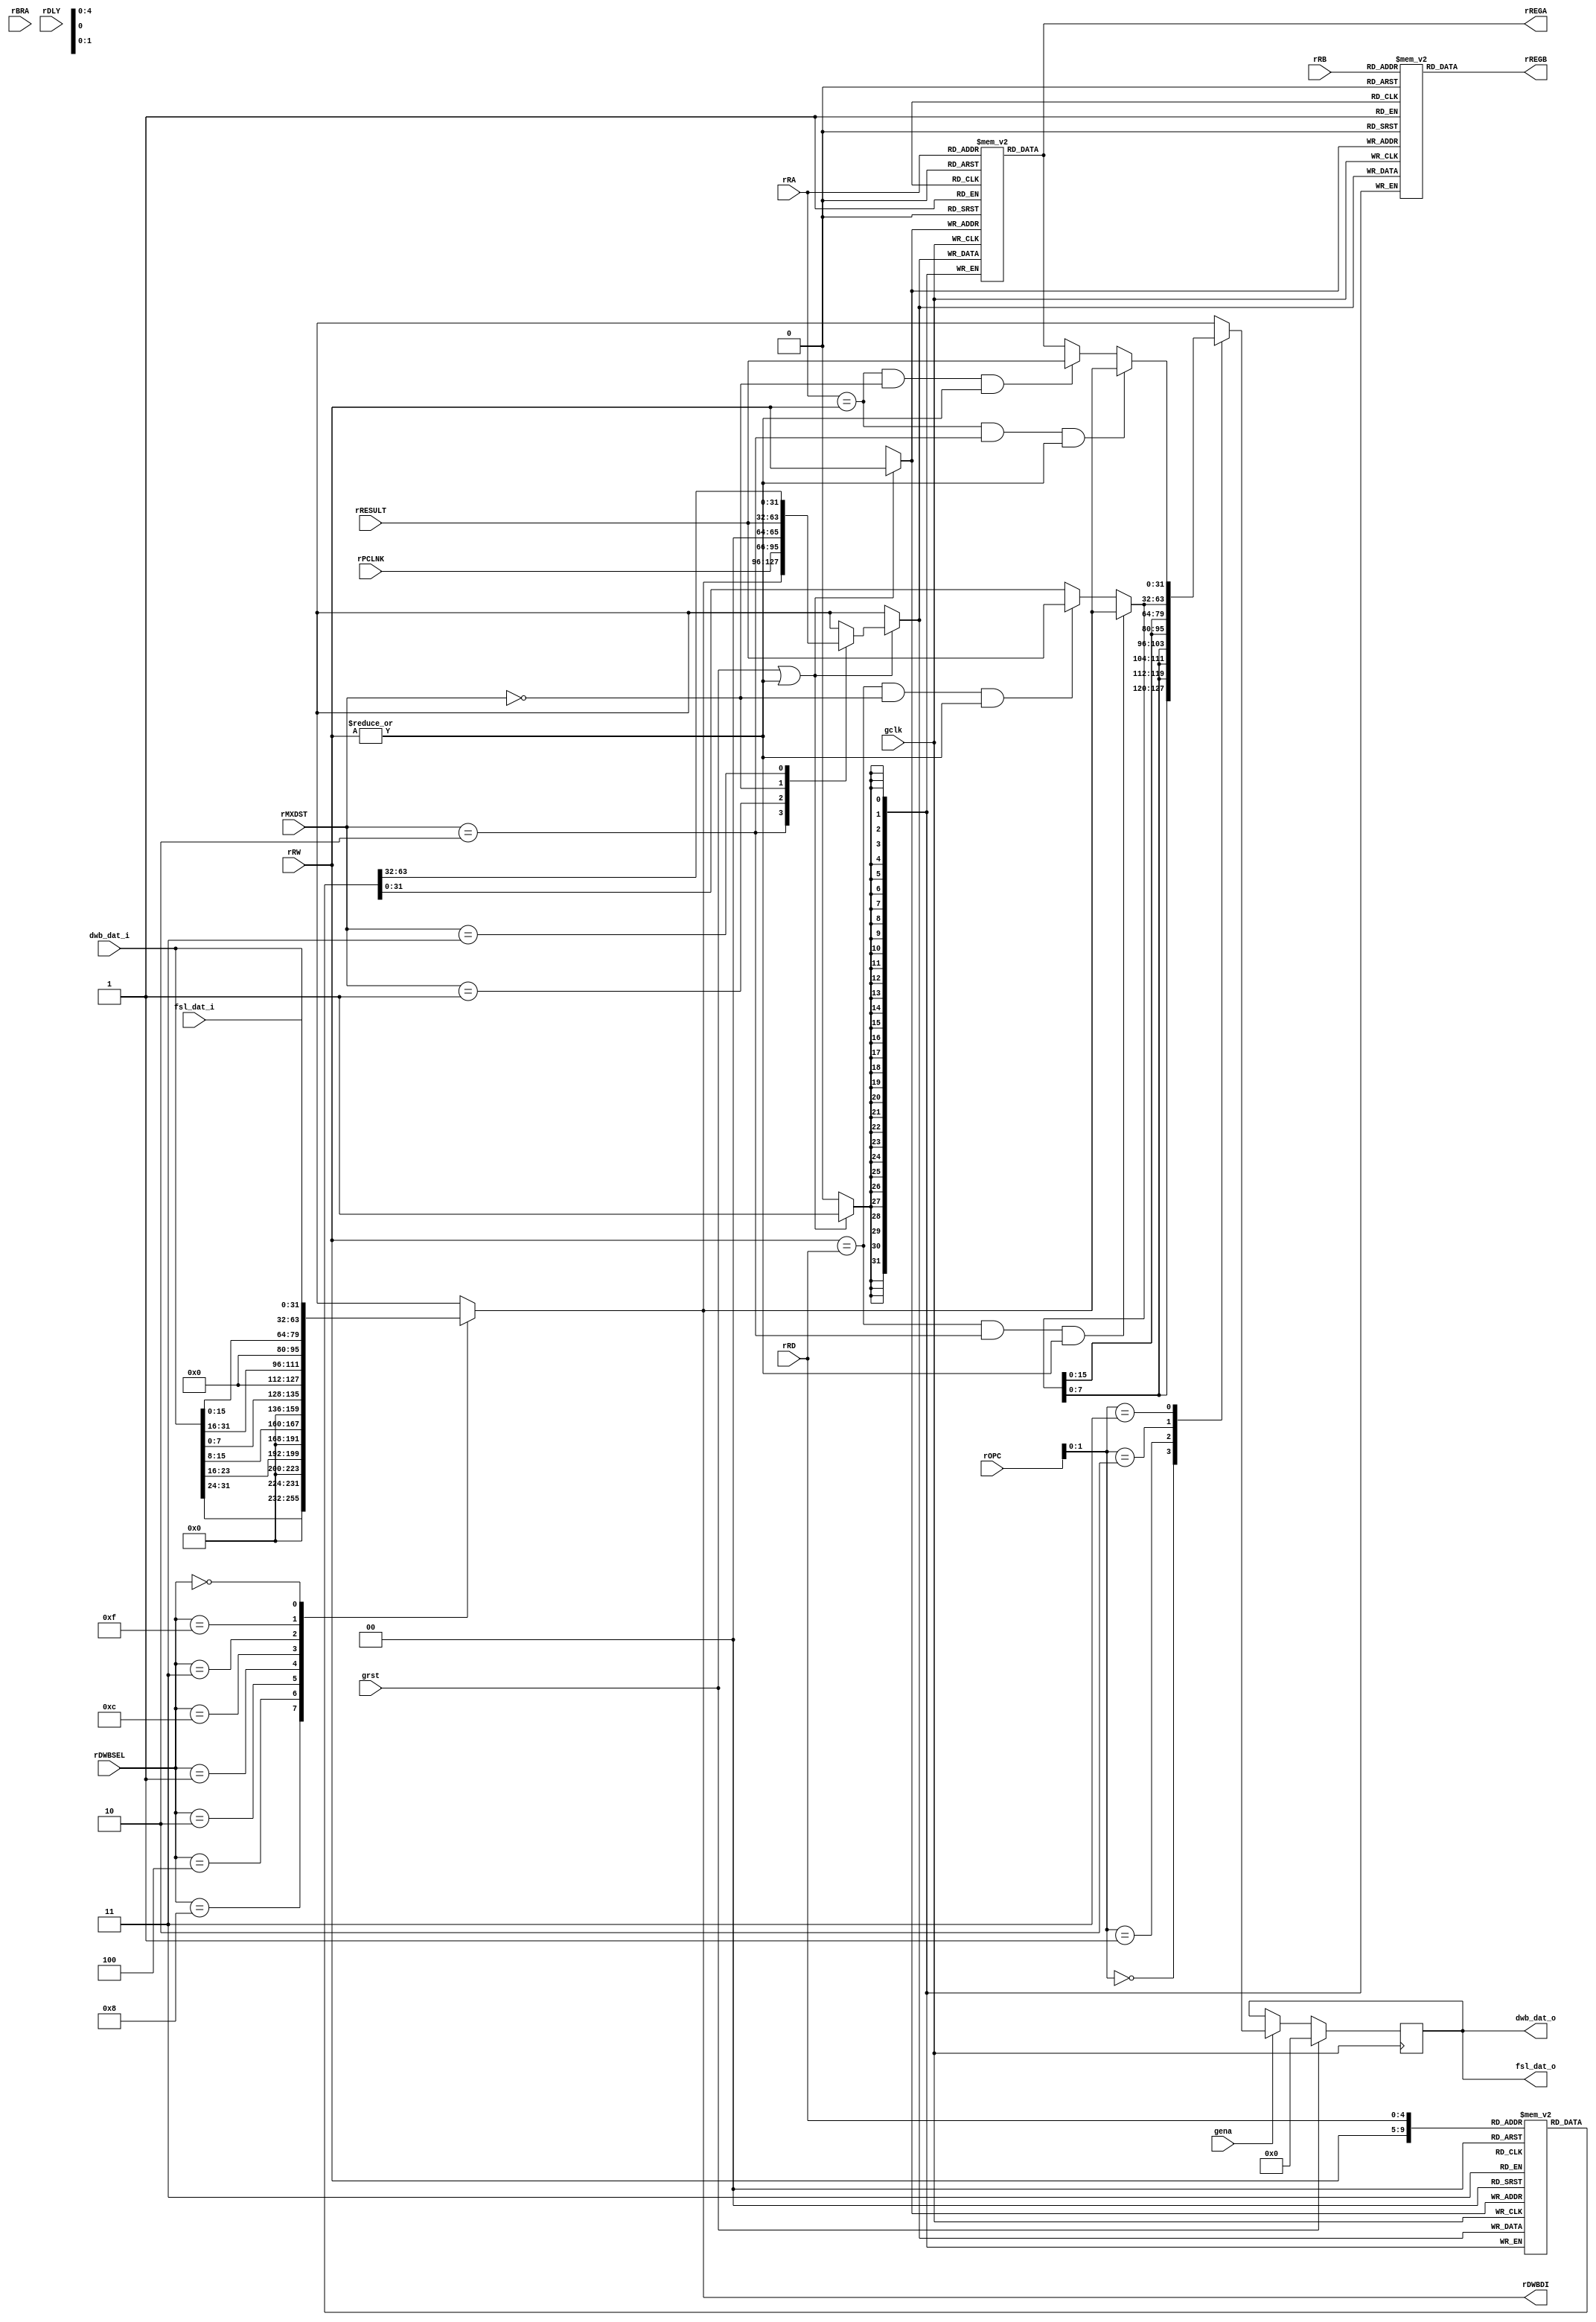
// $Id: aeMB_regf.v,v 1.3 2007/11/10 16:39:38 sybreon Exp $
//
// AEMB REGISTER FILE
// 
// Copyright (C) 2004-2007 Shawn Tan Ser Ngiap <shawn.tan@aeste.net>
//  
// This file is part of AEMB.
//
// AEMB is free software: you can redistribute it and/or modify it
// under the terms of the GNU Lesser General Public License as
// published by the Free Software Foundation, either version 3 of the
// License, or (at your option) any later version.
//
// AEMB is distributed in the hope that it will be useful, but WITHOUT
// ANY WARRANTY; without even the implied warranty of MERCHANTABILITY
// or FITNESS FOR A PARTICULAR PURPOSE.  See the GNU Lesser General
// Public License for more details.
//
// You should have received a copy of the GNU Lesser General Public
// License along with AEMB. If not, see <http://www.gnu.org/licenses/>.
//
// $Log: aeMB_regf.v,v $
// Revision 1.3  2007/11/10 16:39:38  sybreon
// Upgraded license to LGPLv3.
// Significant performance optimisations.
//
// Revision 1.2  2007/11/09 20:51:52  sybreon
// Added GET/PUT support through a FSL bus.
//
// Revision 1.1  2007/11/02 03:25:41  sybreon
// New EDK 3.2 compatible design with optional barrel-shifter and multiplier.
// Fixed various minor data hazard bugs.
// Code compatible with -O0/1/2/3/s generated code.
//

module aeMB_regf (/*AUTOARG*/
   // Outputs
   rREGA, rREGB, rDWBDI, dwb_dat_o, fsl_dat_o,
   // Inputs
   rOPC, rRA, rRB, rRW, rRD, rMXDST, rPCLNK, rRESULT, rDWBSEL, rBRA,
   rDLY, dwb_dat_i, fsl_dat_i, gclk, grst, gena
   );
   // INTERNAL
   output [31:0] rREGA, rREGB;
   output [31:0] rDWBDI;
   input [5:0] 	 rOPC;   
   input [4:0] 	 rRA, rRB, rRW, rRD;
   input [1:0] 	 rMXDST;
   input [31:2]  rPCLNK;
   input [31:0]  rRESULT;
   input [3:0] 	 rDWBSEL;   
   input 	 rBRA, rDLY;   
   
   // DATA WISHBONE
   output [31:0] dwb_dat_o;   
   input [31:0]  dwb_dat_i;   

   // FSL WISHBONE
   output [31:0] fsl_dat_o;
   input [31:0]	 fsl_dat_i;   
   
   // SYSTEM
   input 	 gclk, grst, gena;   

   // --- LOAD SIZER ----------------------------------------------
   // Moves the data bytes around depending on the size of the
   // operation.

   wire [31:0] 	 wDWBDI = dwb_dat_i; // FIXME: Endian
   wire [31:0] 	 wFSLDI = fsl_dat_i; // FIXME: Endian
    
   reg [31:0] 	 rDWBDI;
   reg [1:0] 	 rSIZ;
   
   always @(/*AUTOSENSE*/rDWBSEL or wDWBDI or wFSLDI) begin
      /* 51.2
       case (rSIZ)
        // FSL
        2'o3: rDWBDI <= wFSLDI;	
        // 32'bit
        2'o2: rDWBDI <= wDWBDI;
	// 16'bit
	2'o1: case (rRESULT[1])
		1'b0: rDWBDI <= {16'd0, wDWBDI[31:16]};
		1'b1: rDWBDI <= {16'd0, wDWBDI[15:0]};		
	      endcase // case (rRESULT[1])
	// 8'bit
	2'o0: case (rRESULT[1:0])
		2'o0: rDWBDI <= {24'd0, wDWBDI[31:24]};
		2'o1: rDWBDI <= {24'd0, wDWBDI[23:16]};
		2'o2: rDWBDI <= {24'd0, wDWBDI[15:8]};
		2'o3: rDWBDI <= {24'd0, wDWBDI[7:0]};
	      endcase // case (rRESULT[1:0])
      endcase // case (rSIZ)
      */
      
      /* 50.6
      case ({rSIZ, rRESULT[1:0]})
	// FSL
	4'hC, 4'hD, 4'hE, 4'hF: rDWBDI <= wFSLDI;	
	// 32'bit
	4'h8: rDWBDI <= wDWBDI;
	// 16'bit
	4'h4: rDWBDI <= {16'd0, wDWBDI[31:16]};
	4'h6: rDWBDI <= {16'd0, wDWBDI[15:0]};		
	// 8'bit
	4'h0: rDWBDI <= {24'd0, wDWBDI[31:24]};
	4'h1: rDWBDI <= {24'd0, wDWBDI[23:16]};
	4'h2: rDWBDI <= {24'd0, wDWBDI[15:8]};
	4'h3: rDWBDI <= {24'd0, wDWBDI[7:0]};
	default: rDWBDI <= 32'hX;	
      endcase // case (rSIZ)
      */

      // 52.0
      case (rDWBSEL)
	// 8'bit
	4'h8: rDWBDI <= {24'd0, wDWBDI[31:24]};
	4'h4: rDWBDI <= {24'd0, wDWBDI[23:16]};
	4'h2: rDWBDI <= {24'd0, wDWBDI[15:8]};
	4'h1: rDWBDI <= {24'd0, wDWBDI[7:0]};
	// 16'bit
	4'hC: rDWBDI <= {16'd0, wDWBDI[31:16]};
	4'h3: rDWBDI <= {16'd0, wDWBDI[15:0]};
	// 32'bit
	4'hF: rDWBDI <= wDWBDI;
	// FSL
	4'h0: rDWBDI <= wFSLDI;       
	// Undefined
	default: rDWBDI <= 32'hX;       
      endcase
       
   end

   always @(posedge gclk)
     if (grst) begin
	/*AUTORESET*/
	// Beginning of autoreset for uninitialized flops
	rSIZ <= 2'h0;
	// End of automatics
     end else if (gena) begin
	rSIZ <= rOPC[1:0];	
     end
   
   // --- GENERAL PURPOSE REGISTERS (R0-R31) -----------------------
   // LUT RAM implementation is smaller and faster. R0 gets written
   // during reset with 0x00 and doesn't change after.
   
   //synthesis attribute ram_style of mARAM is distributed
   reg [31:0] 	 mARAM[0:31]; 
   //synthesis attribute ram_style of mBRAM is distributed
   reg [31:0] 	 mBRAM[0:31];
   //synthesis attribute ram_style of mDRAM is distributed
   reg [31:0] 	 mDRAM[0:31];

   wire [31:0] 	 rREGW = mDRAM[rRW];   
   wire [31:0] 	 rREGD = mDRAM[rRD];   
   assign 	 rREGA = mARAM[rRA];
   assign 	 rREGB = mBRAM[rRB];

   wire 	 fRDWE = |rRW;   
   
   reg [31:0] 	 xWDAT;

   always @(/*AUTOSENSE*/rDWBDI or rMXDST or rPCLNK or rREGW
	    or rRESULT)
     case (rMXDST)
       2'o2: xWDAT <= rDWBDI;
       2'o1: xWDAT <= {rPCLNK, 2'o0};
       2'o0: xWDAT <= rRESULT;       
       2'o3: xWDAT <= rREGW; // No change       
     endcase // case (rMXDST)
   
   always @(posedge gclk)
     if (grst | fRDWE) begin
	mARAM[rRW] <= xWDAT;
	mBRAM[rRW] <= xWDAT;
	mDRAM[rRW] <= xWDAT;	
     end

   // --- STORE SIZER ---------------------------------------------
   // Replicates the data bytes across depending on the size of the
   // operation.

   reg [31:0] 	 rDWBDO, xDWBDO;
   
   wire [31:0] 	 xFSL;   
   wire 	 fFFWD_M = (rRA == rRW) & (rMXDST == 2'o2) & fRDWE;
   wire 	 fFFWD_R = (rRA == rRW) & (rMXDST == 2'o0) & fRDWE;   
   
   assign 	 fsl_dat_o = rDWBDO;
   assign 	 xFSL = (fFFWD_M) ? rDWBDI :
			(fFFWD_R) ? rRESULT :
			rREGA;   

   wire [31:0] 	 xDST;   
   wire 	 fDFWD_M = (rRW == rRD) & (rMXDST == 2'o2) & fRDWE;
   wire 	 fDFWD_R = (rRW == rRD) & (rMXDST == 2'o0) & fRDWE;   
   
   assign 	 dwb_dat_o = rDWBDO;
   assign 	 xDST = (fDFWD_M) ? rDWBDI :
			(fDFWD_R) ? rRESULT :
			rREGD;   
   
   always @(/*AUTOSENSE*/rOPC or xDST or xFSL)
     case (rOPC[1:0])
       // 8'bit
       2'h0: xDWBDO <= {(4){xDST[7:0]}};
       // 16'bit
       2'h1: xDWBDO <= {(2){xDST[15:0]}};
       // 32'bit
       2'h2: xDWBDO <= xDST;
       // FSL
       2'h3: xDWBDO <= xFSL;       
       //default: xDWBDO <= 32'hX;       
     endcase // case (rOPC[1:0])   

   always @(posedge gclk)
     if (grst) begin
	/*AUTORESET*/
	// Beginning of autoreset for uninitialized flops
	rDWBDO <= 32'h0;
	// End of automatics
     end else if (gena) begin
	rDWBDO <= #1 xDWBDO;	
     end
   
   // --- SIMULATION ONLY ------------------------------------------
   // Randomise memory to simulate real-world memory
   // synopsys translate_off
   
   integer i;
   initial begin
      for (i=0; i<32; i=i+1) begin
	 mARAM[i] <= $random;
	 mBRAM[i] <= $random;
	 mDRAM[i] <= $random;
      end
   end
   
   // synopsys translate_on
   
   
endmodule // aeMB_regf